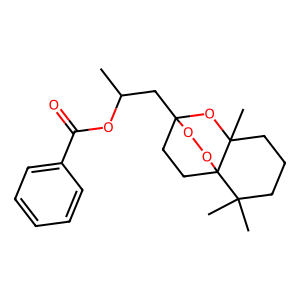
SMILES: CC(CC12CCC3(OO1)C(C)(C)CCCC3(C)O2)OC(=O)c1ccccc1
Inhibits HIV replication: No